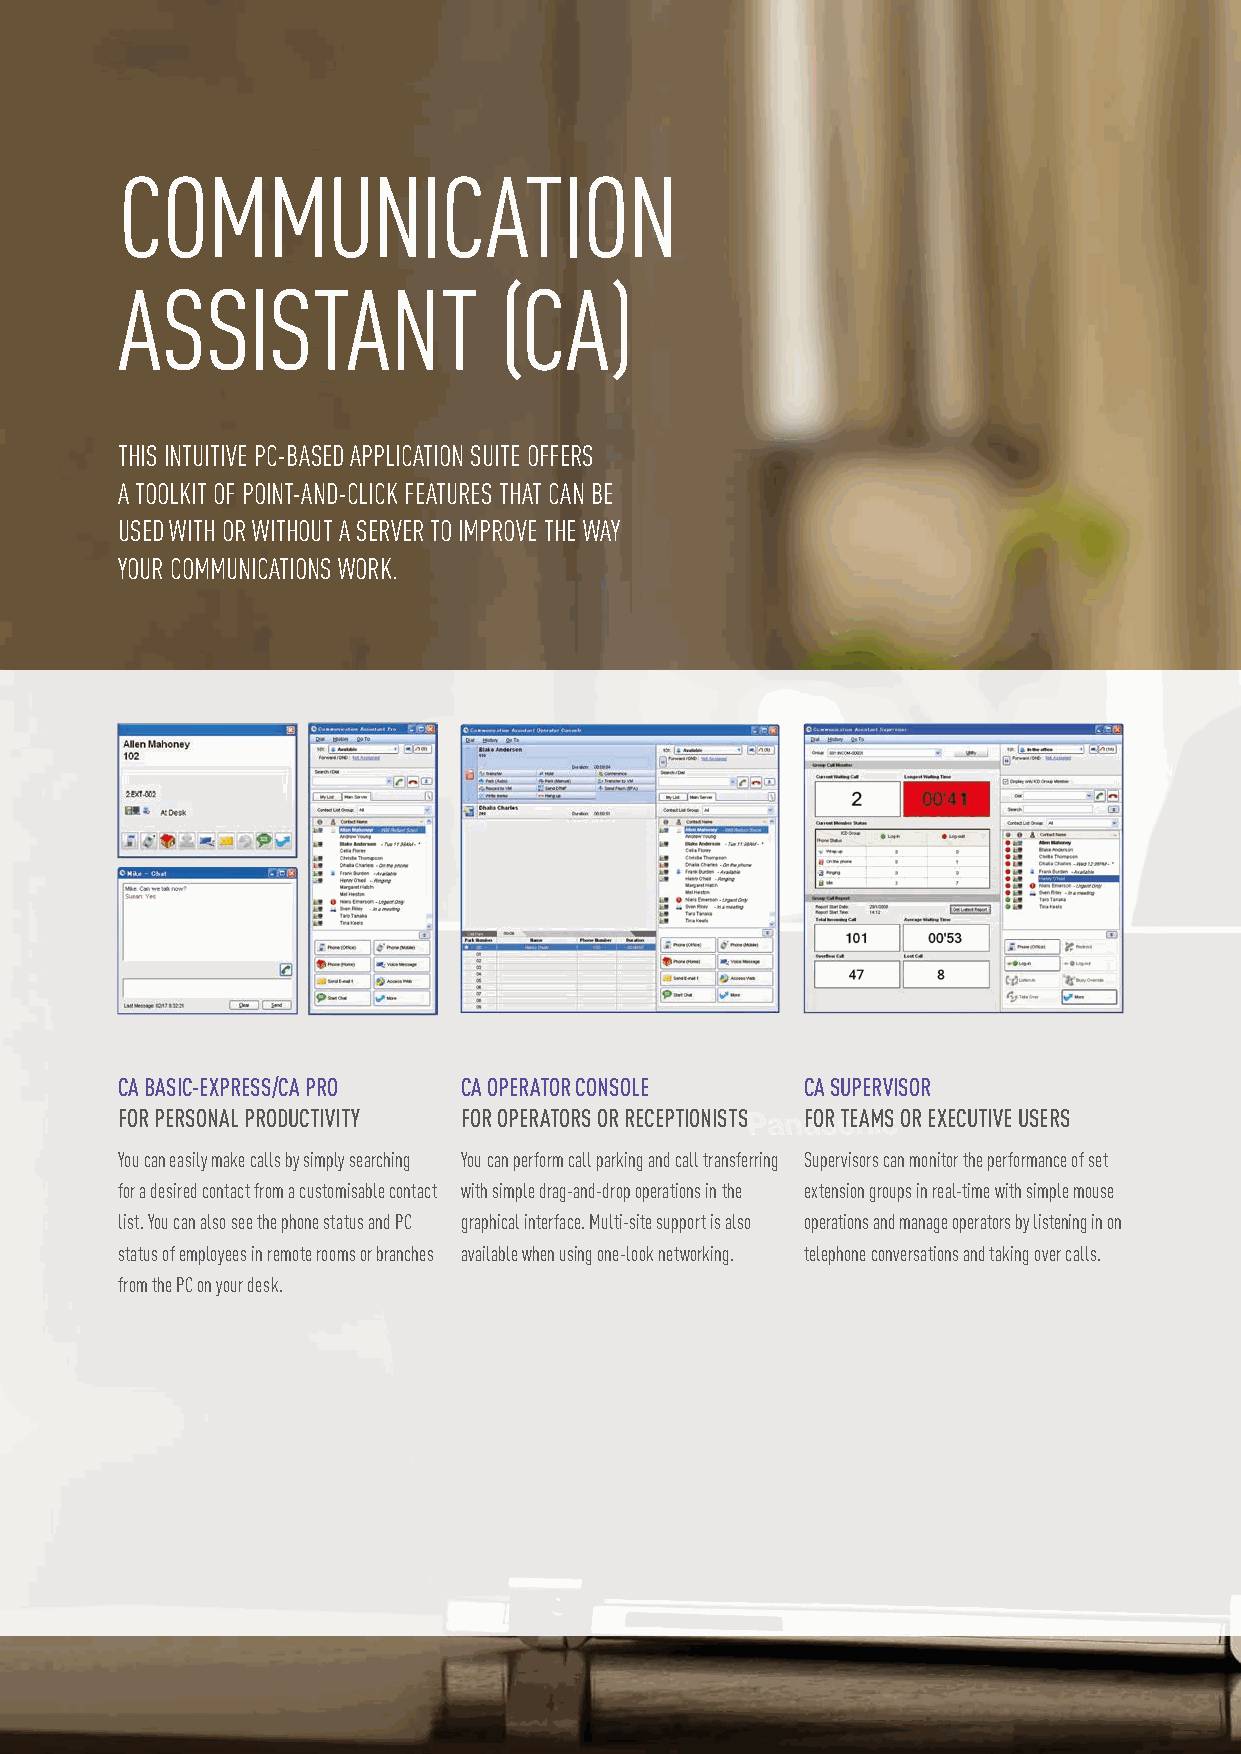
COMMUNICATION
 ASSISTANT                (CA)
 THIS INTUITIVE PC-BASED APPLICATION SUITE OFFERS
 A TOOLKIT OF POINT-AND-CLICK FEATURES THAT CAN BE
 USED WITH OR WITHOUT A SERVER TO IMPROVE THE WAY
 YOUR COMMUNICATIONS WORK.
 CA BASIC-EXPRESS/CA PRO CA OPERATOR CONSOLE  CA SUPERVISOR
 FOR PERSONAL PRODUCTIVITY FOR OPERATORS OR RECEPTIONISTS FOR TEAMS OR EXECUTIVE USERS
 You can easily make calls by simply searching You can perform call parking and call transferring Supervisors can monitor the performance of set
 for a desired contact from a customisable contact with simple drag-and-drop operations in the extension groups in real-time with simple mouse
 list. You can also see the phone status and PC graphical interface. Multi-site support is also operations and manage operators by listening in on
 status of employees in remote rooms or branches available when using one-look networking. telephone conversations and taking over calls.
 from the PC on your desk.